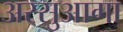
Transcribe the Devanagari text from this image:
अरसुआगा